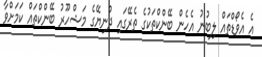
އެ އެވޯޑްތައް ލިބުނު އެހެން ބޭންކްތަކުގެ ތެރޭގައި ދުނިޔޭގެ މަޝްހޫރު ބޭންކްތައް ކަމަށްވާ